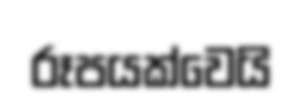
රූපයක්වෙයි